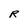
Character: R